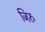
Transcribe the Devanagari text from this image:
जिरु